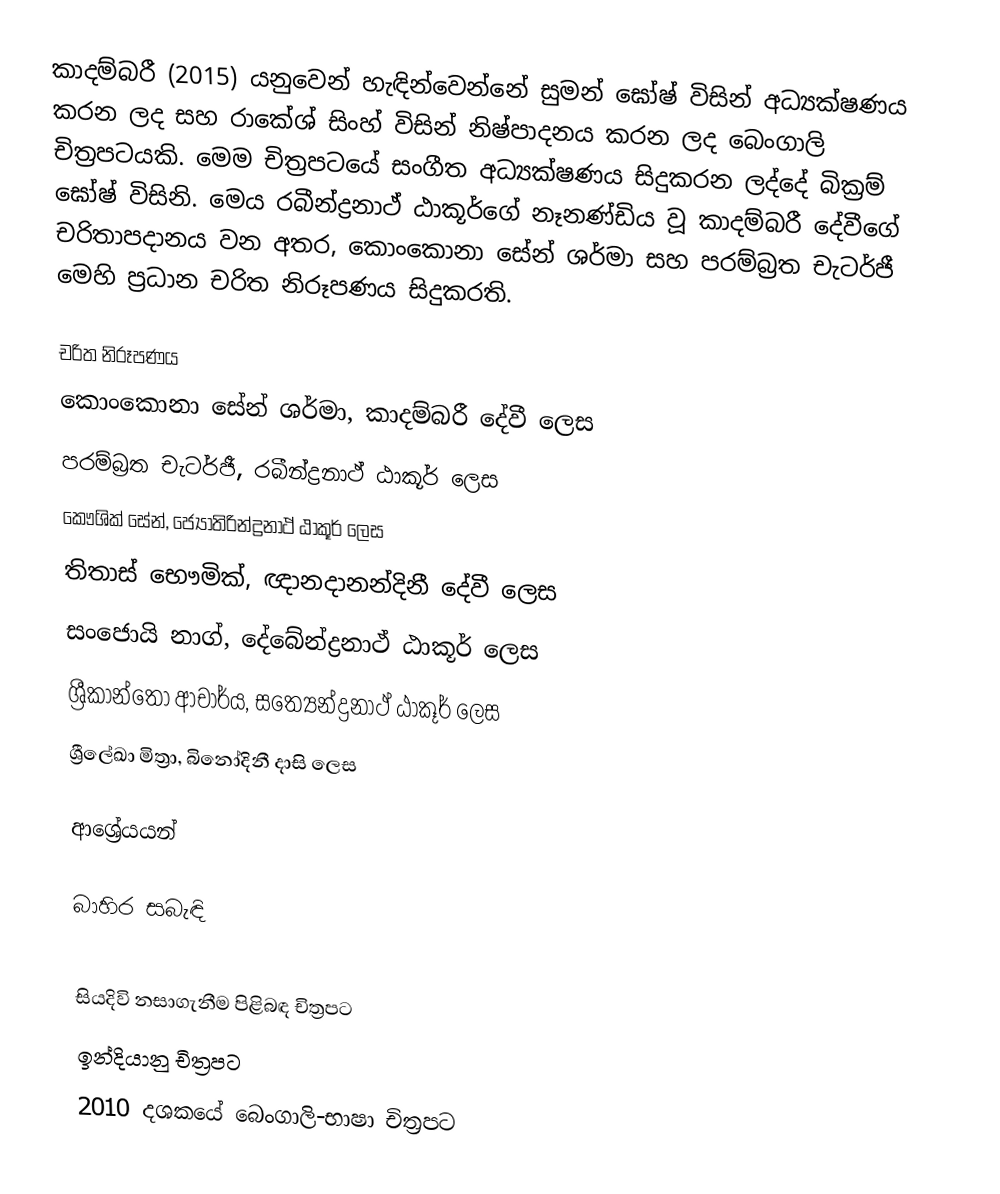
කාදම්බරී (2015) යනුවෙන් හැඳින්වෙන්නේ සුමන් ඝෝෂ් විසින් අධ්‍යක්ෂණය කරන ලද සහ රාකේශ් සිංහ් විසින් නිෂ්පාදනය කරන ලද බෙංගාලි චිත්‍රපටයකි. මෙම චිත්‍රපටයේ සංගීත අධ්‍යක්ෂණය සිදුකරන ලද්දේ බික්‍රම් ඝෝෂ් විසිනි. මෙය රබීන්ද්‍රනාථ් ඨාකූර්ගේ නෑනණ්ඩිය වූ කාදම්බරී දේවීගේ චරිතාපදානය වන අතර, කොංකොනා සේන් ශර්මා සහ පරම්බ්‍රත චැටර්ජී මෙහි ප්‍රධාන චරිත නිරූපණය සිදුකරති.

චරිත නිරූපණය
 කොංකොනා සේන් ශර්මා, කාදම්බරී දේවී ලෙස
 පරම්බ්‍රත චැටර්ජී, රබීන්ද්‍රනාථ් ඨාකූර් ලෙස
 කෞශික් සේන්, ජ්‍යෝතිරින්ද්‍රනාථ් ඨාකූර් ලෙස
 තිතාස් භෞමික්, ඥානදානන්දිනී දේවී ලෙස
 සංජොයි නාග්, දේබේන්ද්‍රනාථ් ඨාකූර් ලෙස
 ශ්‍රීකාන්තෝ ආචාර්ය, සත්‍යේන්ද්‍රනාථ් ඨාකූර් ලෙස
ශ්‍රීලේඛා මිත්‍රා, බිනෝදිනී දාසි ලෙස

ආශ්‍රේයයන්

බාහිර සබැඳි

සියදිවි නසාගැනීම පිළිබඳ චිත්‍රපට
ඉන්දියානු චිත්‍රපට
2010 දශකයේ බෙංගාලි-භාෂා චිත්‍රපට